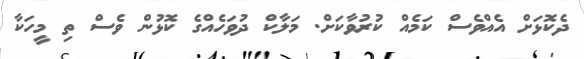
ދެކޮޅަށް އެއްވެސް ކަމެއް ކުރުވާކަށް. މަލާކް ދުވަހެއްގެ ކޮޅުން ވެސް ތި މީހަކާ